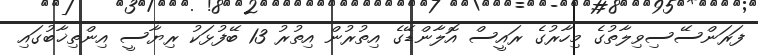
ފަރަންސޭސިވިލާތުގެ މިހާރުގެ ރައީސް އޮލާންޑޭގެ އިތުރުން އިތުރު 13 ބޭފުޅަކު ރިޔާސީ އިންތިޚާބުގައި